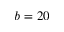
b = 2 0